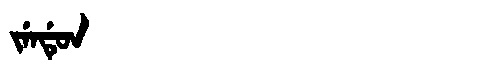
Manchu: ᠵᡝᠨᡩᡠᠨ
Romanization: JENDUN